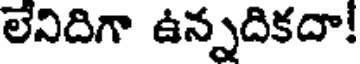
లేనిదిగా ఉన్నదికదా!